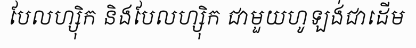
បែលហ្ស៊ិក និងបែលហ្ស៊ិក ជាមួយហូឡង់ជាដើម